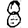
Digit: 8